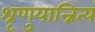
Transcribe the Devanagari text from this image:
श्रृणुयान्नित्यं